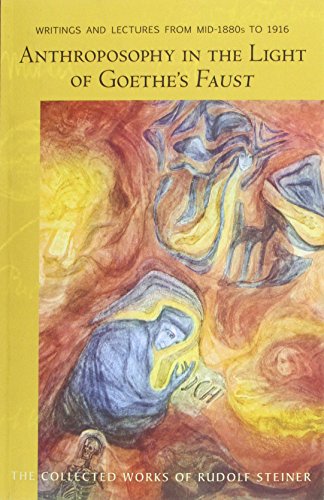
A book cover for Anthroposophy in the Light of Goeth's Faust: Writings and Lectures from Mid-1880s to 1916: of Spiritual-Scientific Commentaries on Goethe's Faust (The Collected Works of Rudolf Steiner); Rudolf Steiner; Literature & Fiction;